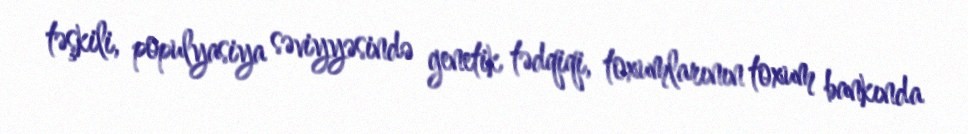
təşkili, populyasiya səviyyəsində genetik tədqiqi, toxumlarının toxum bankında